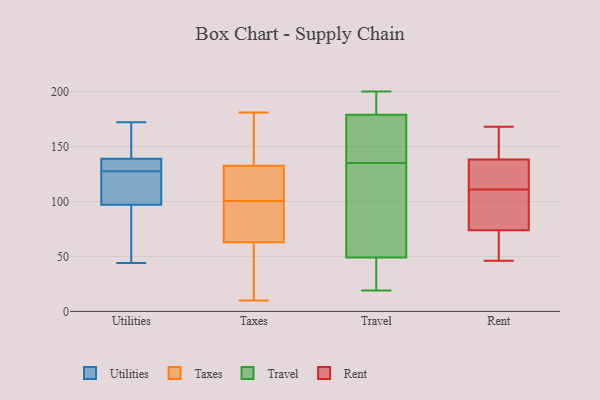
{"axis": {"x": "Demand Index", "y": "Value"}, "legend": ["Rent", "Taxes", "Travel", "Utilities"], "data": [{"x": "", "y": 135, "type": "Utilities"}, {"x": "", "y": 166, "type": "Utilities"}, {"x": "", "y": 133, "type": "Utilities"}, {"x": "", "y": 118, "type": "Utilities"}, {"x": "", "y": 172, "type": "Utilities"}, {"x": "", "y": 122, "type": "Utilities"}, {"x": "", "y": 139, "type": "Utilities"}, {"x": "", "y": 97, "type": "Utilities"}, {"x": "", "y": 44, "type": "Utilities"}, {"x": "", "y": 97, "type": "Utilities"}, {"x": "", "y": 120, "type": "Taxes"}, {"x": "", "y": 33, "type": "Taxes"}, {"x": "", "y": 132, "type": "Taxes"}, {"x": "", "y": 152, "type": "Taxes"}, {"x": "", "y": 37, "type": "Taxes"}, {"x": "", "y": 61, "type": "Taxes"}, {"x": "", "y": 110, "type": "Taxes"}, {"x": "", "y": 69, "type": "Taxes"}, {"x": "", "y": 65, "type": "Taxes"}, {"x": "", "y": 181, "type": "Taxes"}, {"x": "", "y": 137, "type": "Taxes"}, {"x": "", "y": 81, "type": "Taxes"}, {"x": "", "y": 10, "type": "Taxes"}, {"x": "", "y": 91, "type": "Taxes"}, {"x": "", "y": 133, "type": "Taxes"}, {"x": "", "y": 113, "type": "Taxes"}, {"x": "", "y": 135, "type": "Travel"}, {"x": "", "y": 70, "type": "Travel"}, {"x": "", "y": 173, "type": "Travel"}, {"x": "", "y": 37, "type": "Travel"}, {"x": "", "y": 47, "type": "Travel"}, {"x": "", "y": 182, "type": "Travel"}, {"x": "", "y": 124, "type": "Travel"}, {"x": "", "y": 19, "type": "Travel"}, {"x": "", "y": 181, "type": "Travel"}, {"x": "", "y": 198, "type": "Travel"}, {"x": "", "y": 173, "type": "Travel"}, {"x": "", "y": 42, "type": "Travel"}, {"x": "", "y": 55, "type": "Travel"}, {"x": "", "y": 169, "type": "Travel"}, {"x": "", "y": 200, "type": "Travel"}, {"x": "", "y": 88, "type": "Rent"}, {"x": "", "y": 129, "type": "Rent"}, {"x": "", "y": 73, "type": "Rent"}, {"x": "", "y": 46, "type": "Rent"}, {"x": "", "y": 111, "type": "Rent"}, {"x": "", "y": 48, "type": "Rent"}, {"x": "", "y": 94, "type": "Rent"}, {"x": "", "y": 136, "type": "Rent"}, {"x": "", "y": 119, "type": "Rent"}, {"x": "", "y": 160, "type": "Rent"}, {"x": "", "y": 74, "type": "Rent"}, {"x": "", "y": 168, "type": "Rent"}, {"x": "", "y": 145, "type": "Rent"}]}